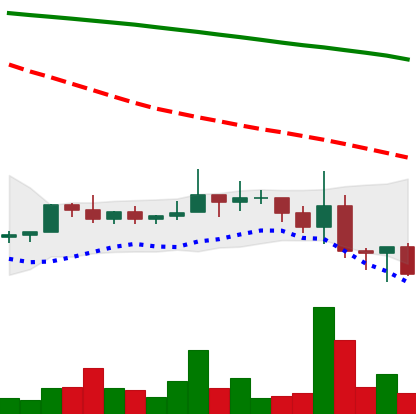
Ticker: NEO-USD
Chart end date: 2022-06-16
Forward return: 4.162%
Label: up_3_5